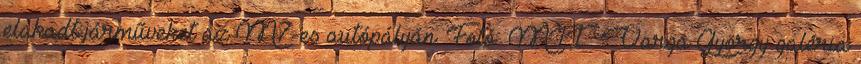
elakadt járműveket az M7-es autópályán. Fotó: MTI Varga György galéria